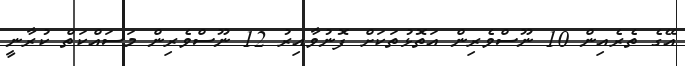
އޭގެ ތެރެއިން 10 ނޫސްވެރިން އަތޮޅުތަކަށް ފޮނުވާއިރު 12 ނޫސްވެރިން މަސައްކަތް ކުރާނީ